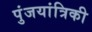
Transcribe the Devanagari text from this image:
पुंजयांत्रिकी